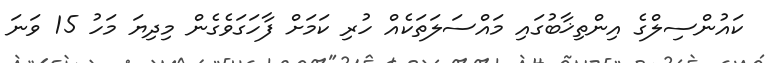
ކައުންސިލްގެ އިންތިޚާބުގައި މައްސަލަތަކެއް ހުރި ކަމަށް ފާހަގަވެގެން މިދިޔަ މަހު 15 ވަނަ